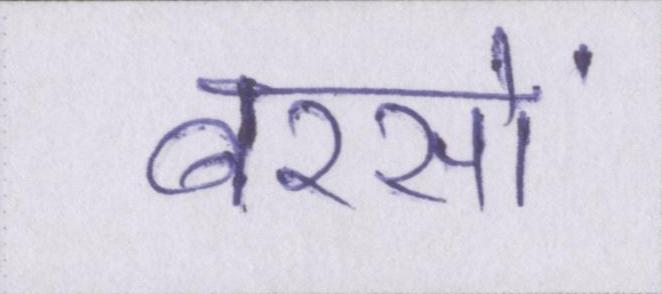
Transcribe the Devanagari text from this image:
बरसों